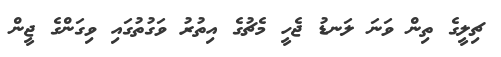
ޗިލީގެ ތިން ވަނަ ލަނޑު ޖެހީ މެޗުގެ އިތުރު ވަގުތުގައި ވިގަންގެ ޖީން